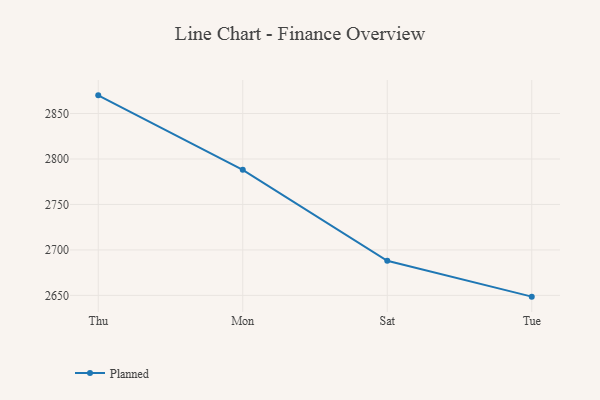
{"axis": {"x": "Day", "y": "Active Users"}, "legend": ["Planned"], "data": [{"x": "Thu", "y": 2870.0, "type": "Planned"}, {"x": "Mon", "y": 2788.1, "type": "Planned"}, {"x": "Sat", "y": 2688.0, "type": "Planned"}, {"x": "Tue", "y": 2648.6, "type": "Planned"}]}